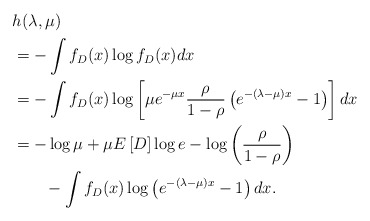
\begin{align*} & h_{}(\lambda,\mu)\\ & =-\intop f_{D}(x)\log f_{D}(x)dx\\ & =-\intop f_{D}(x)\log\left[\mu e^{-\mu x}\frac{\rho}{1-\rho}\left(e^{-\left(\lambda-\mu\right)x}-1\right)\right]dx\\ & =-\log\mu+\mu E\left[D\right]\log e-\log\left(\frac{\rho}{1-\rho}\right) \\ & \qquad-\intop f_{D}(x)\log\left(e^{-\left(\lambda-\mu\right)x}-1\right)dx.\end{align*}